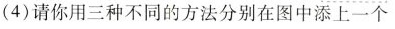
(4) 请你用三种不同的方法分别在图中添上一个